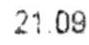
21.09